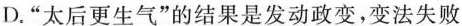
D.”太后更生气”的结果是发动政变，变法失败